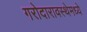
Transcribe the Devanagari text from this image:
गरोदारावस्थेमध्ये